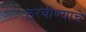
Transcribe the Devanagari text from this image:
ठरवीण्याचे